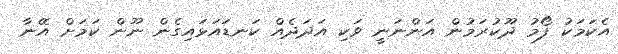
އެކަމަކު ފޯމު ދޫކުރަމުން އަންނަނީ ވަކި އަދަދެއް ކަނޑައަޅައިގެން ނޫން ކަމަށް އޭނާ